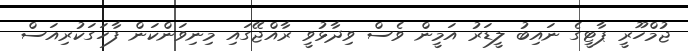
ޖުމްހޫރީ ޕާޓީގެ ނައިބު ލީޑަރު އަމީން ވެސް ވިދާޅުވީ ރާއްޖޭގައި މިނިވަންކަން ފާހަގަކުރިއަސް